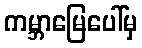
ကမ္ဘာမြေပေါ်မှ